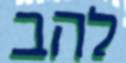
להב